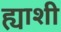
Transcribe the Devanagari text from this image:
ह्याशी